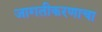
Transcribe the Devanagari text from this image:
जागतीकरणाचा